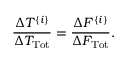
{ \frac { \Delta T ^ { \{ i \} } } { \Delta T _ { \mathrm { T o t } } } } = { \frac { \Delta F ^ { \{ i \} } } { \Delta F _ { \mathrm { T o t } } } } .